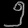
Digit: ၅